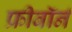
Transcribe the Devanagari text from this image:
फ्रीबॉर्न